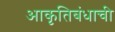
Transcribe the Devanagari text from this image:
आकृतिबंधाची